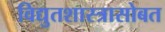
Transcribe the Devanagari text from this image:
विद्युतशास्त्रासोबत